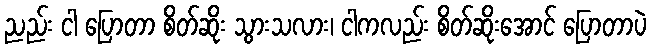
ညည်း ငါ ပြောတာ စိတ်ဆိုး သွားသလား၊ ငါကလည်း စိတ်ဆိုးအောင် ပြောတာပဲ